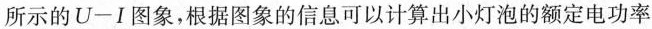
所示的U-I图象，根据图象的信息可以计算出小灯泡的额定电功率